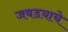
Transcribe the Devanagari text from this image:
जबडय़ाचे